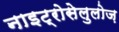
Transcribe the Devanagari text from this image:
नाइट्रोसेलुलोज़